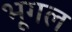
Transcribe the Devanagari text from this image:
भूगल